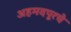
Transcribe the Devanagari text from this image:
अहमदपूरचे